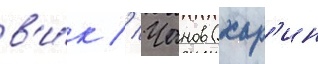
в'и́к // Чанов (хар'ин